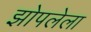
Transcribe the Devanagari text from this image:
झोपलेला